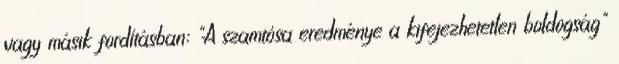
vagy másik fordításban: "A szamtósa eredménye a kifejezhetetlen boldogság"